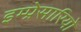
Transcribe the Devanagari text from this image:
इम्प्रेसारियो